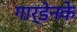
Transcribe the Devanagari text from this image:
गार्डेनके